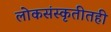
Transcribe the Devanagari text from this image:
लोकसंस्कृतीतही